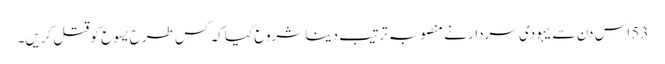
53 اس دن سے یہودی سردار نے منصوبہ ترتیب دینا شروع کیا کہ کس طرح یسوع کو قتل کریں۔